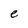
Character: e